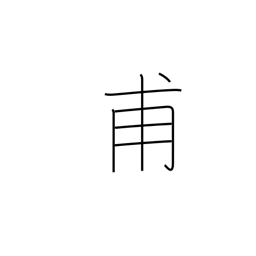
Meaning: for the first time